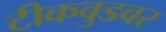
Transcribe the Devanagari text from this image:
टीकवुडवर